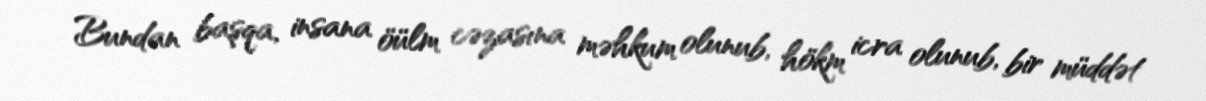
Bundan başqa, insana öülm cəzasına məhkum olunub, hökm icra olunub, bir müddət